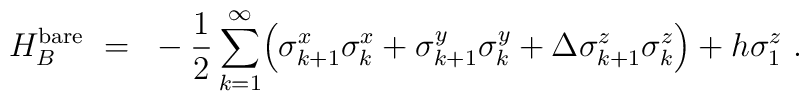
H_B^{\rm bare}~=~-\frac{1}{2}\sum_{k=1}^{\infty}\Bigl(\sigma^x_{k+1}\sigma^x_k+\sigma^y_{k+1}\sigma^y_k+\Delta \sigma^z_{k+1}\sigma^z_k\Bigr)+h\sigma^z_1~.